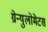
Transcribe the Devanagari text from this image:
ग्रेन्युलोमेटस